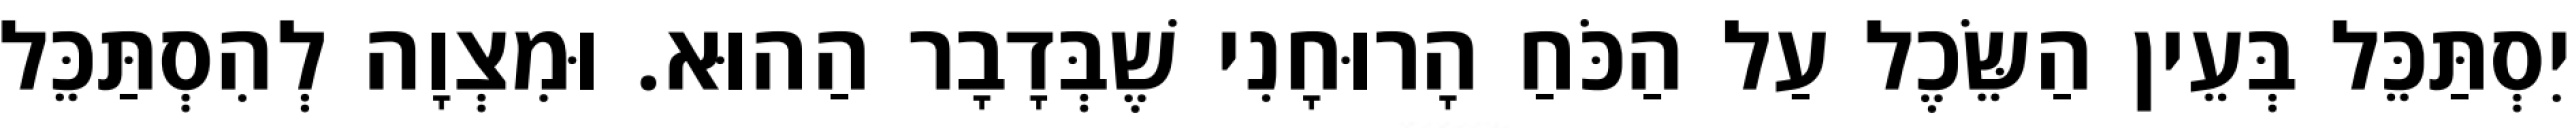
יִסְתַּכֵּל בְּעֵין הַשֵּׂכֶל עַל הַכֹּחַ הָרוּחָנִי שֶׁבְּדָבָר הַהוּא. וּמִצְוָה לְהִסְתַּכֵּל